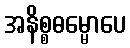
အနိစ္စဓမ္မောပေ